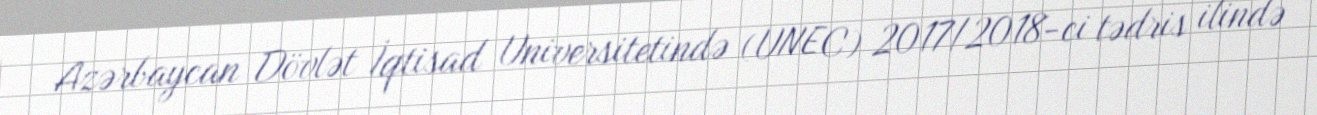
Azərbaycan Dövlət İqtisad Universitetində (UNEC) 2017/2018-ci tədris ilində